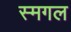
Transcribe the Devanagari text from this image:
स्मगल